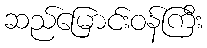
ဆည်မြောင်းဝန်ကြီး